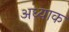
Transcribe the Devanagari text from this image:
अध्याक